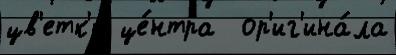
цв'етк'и́ це́нтра  ор'иг'ина́ла